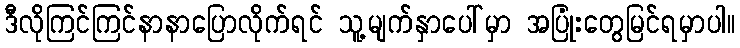
ဒီလိုကြင်ကြင်နာနာပြောလိုက်ရင် သူ့မျက်နှာပေါ်မှာ အပြုံးတွေမြင်ရမှာပါ။